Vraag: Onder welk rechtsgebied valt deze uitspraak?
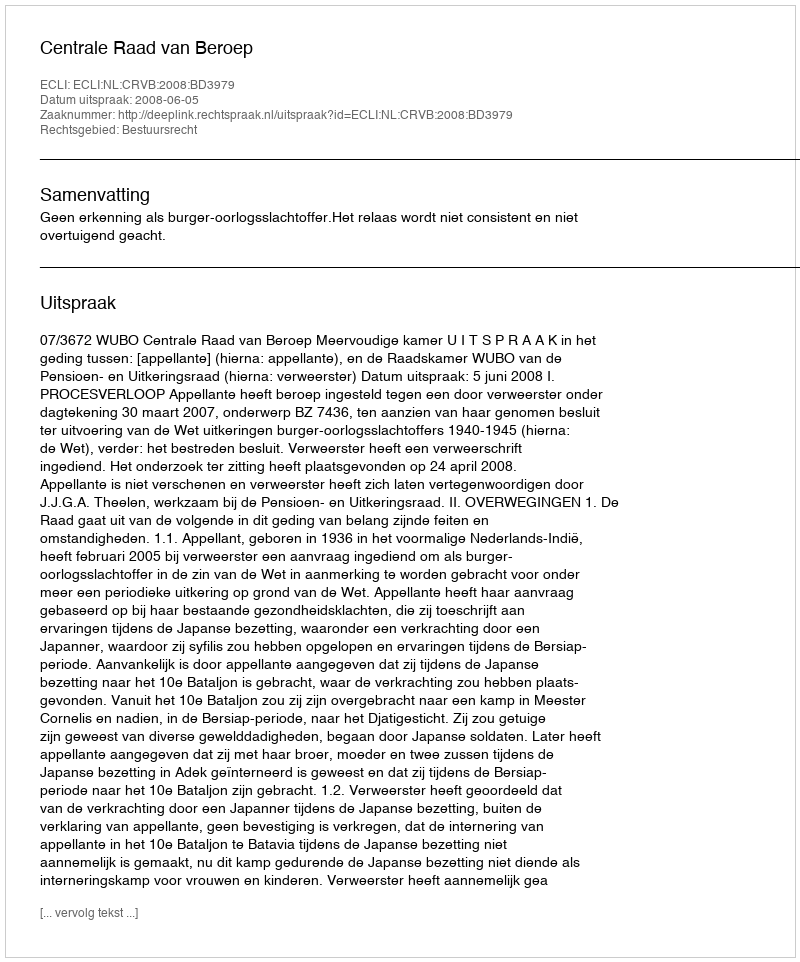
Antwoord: Bestuursrecht